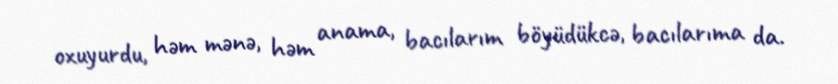
oxuyurdu, həm mənə, həm anama, bacılarım böyüdükcə, bacılarıma da.